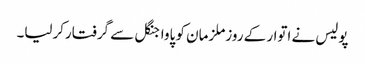
پولیس نے اتوار کے روزملزمان کو پاواجنگل سے گرفتارکرلیا۔